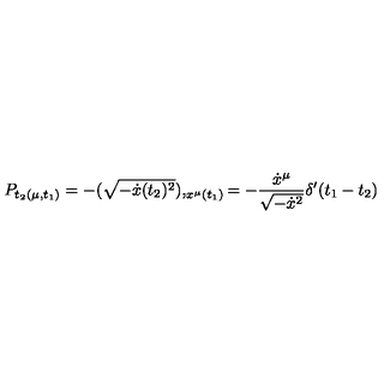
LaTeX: P _ { t _ { 2 } ( \mu , t _ { 1 } ) } = - ( \sqrt { - \dot { x } ( t _ { 2 } ) ^ { 2 } } ) , _ { x ^ { \mu } ( t _ { 1 } ) } = - { \frac { \dot { x } ^ { \mu } } { \sqrt { - \dot { x } ^ { 2 } } } } \delta ^ { \prime } ( t _ { 1 } - t _ { 2 } )